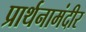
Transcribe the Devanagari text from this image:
प्रार्थनामंदीर